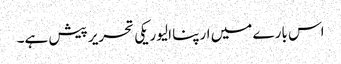
اس بارے میں ارپنا الیوریکی تحریر پیش ہے۔